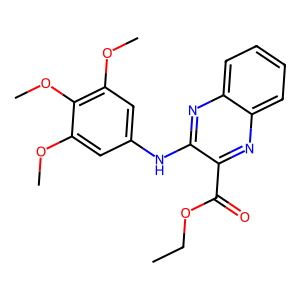
SMILES: CCOC(=O)c1nc2ccccc2nc1Nc1cc(OC)c(OC)c(OC)c1
Inhibits HIV replication: No